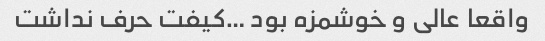
واقعا عالی و خوشمزه بود …کیفت حرف نداشت